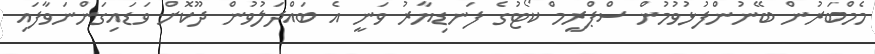
މެމްބަރުން ބޭނުންފުޅުވުމުން ސްޕްރީމް ކޯޓުގެ ފަނޑިޔާރު ވަނީ އެ ބައްދަލުވުން ދޫކޮށް ވަޑައިގަންނަވާފައި